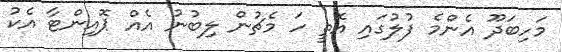
މަހިބަދޫ އެންމެ ފުލުގައި އޮތީ ހަ މެޗުން ލިބުނު އެއް ޕޮއިންޓާ އެކު